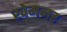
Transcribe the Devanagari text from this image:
खेमनर